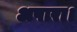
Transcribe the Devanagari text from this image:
अपारा।